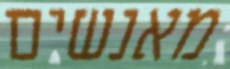
מאנשים